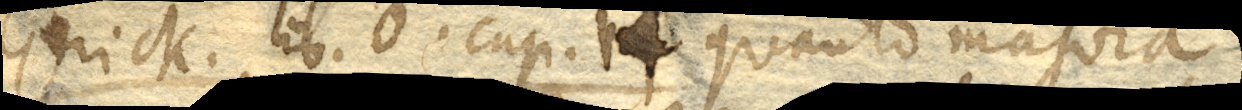
Gerick. lib. 6. cap. 12 Quanto majora